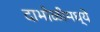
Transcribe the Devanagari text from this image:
दाभोळीमध्ये